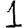
Digit: 1